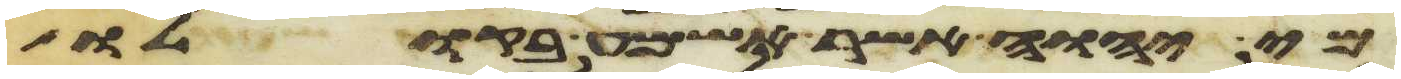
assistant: מי יהוה אשר אשמע בקולו